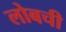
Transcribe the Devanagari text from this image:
लोबची